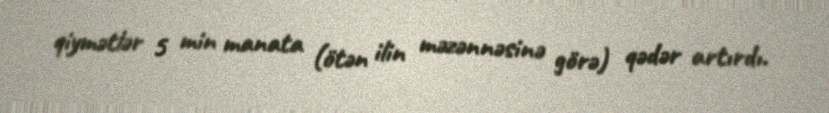
qiymətlər 5 min manata (ötən ilin məzənnəsinə görə) qədər artırdı.